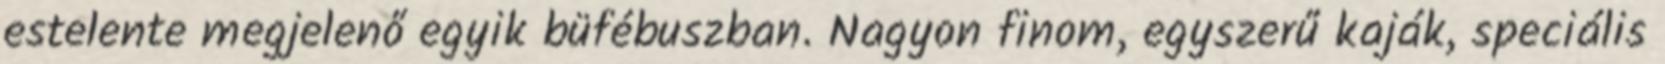
estelente megjelenő egyik büfébuszban. Nagyon finom, egyszerű kaják, speciális